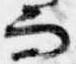
而